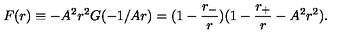
F ( r ) \equiv - A ^ { 2 } r ^ { 2 } G ( - 1 / A r ) = ( 1 - \frac { r _ { - } } { r } ) ( 1 - \frac { r _ { + } } { r } - A ^ { 2 } r ^ { 2 } ) .